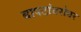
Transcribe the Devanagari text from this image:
बापटांबरोबर